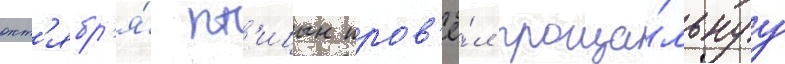
окт'ябр'я́ пт'ицын пров'ё́л проща́льнуу